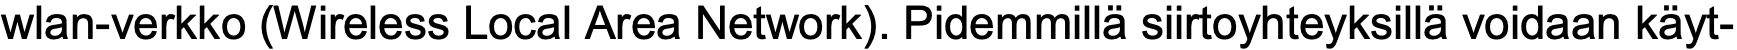
wlan-verkko (Wireless Local Area Network). Pidemmillä siirtoyhteyksillä voidaan käyt-